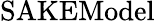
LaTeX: \operatorname{SAKEModel}